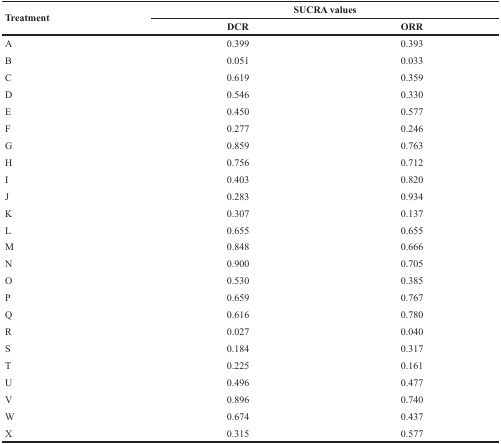
<table><thead><tr><td rowspan="2"><b>Treatment</b></td><td colspan="2"><b>SUCRA values</b></td></tr><tr><td><b>DCR</b></td><td><b>ORR</b></td></tr></thead><tbody><tr><td>A</td><td>0.399</td><td>0.393</td></tr><tr><td>B</td><td>0.051</td><td>0.033</td></tr><tr><td>C</td><td>0.619</td><td>0.359</td></tr><tr><td>D</td><td>0.546</td><td>0.330</td></tr><tr><td>E</td><td>0.450</td><td>0.577</td></tr><tr><td>F</td><td>0.277</td><td>0.246</td></tr><tr><td>G</td><td>0.859</td><td>0.763</td></tr><tr><td>H</td><td>0.756</td><td>0.712</td></tr><tr><td>I</td><td>0.403</td><td>0.820</td></tr><tr><td>J</td><td>0.283</td><td>0.934</td></tr><tr><td>K</td><td>0.307</td><td>0.137</td></tr><tr><td>L</td><td>0.655</td><td>0.655</td></tr><tr><td>M</td><td>0.848</td><td>0.666</td></tr><tr><td>N</td><td>0.900</td><td>0.705</td></tr><tr><td>O</td><td>0.530</td><td>0.385</td></tr><tr><td>P</td><td>0.659</td><td>0.767</td></tr><tr><td>Q</td><td>0.616</td><td>0.780</td></tr><tr><td>R</td><td>0.027</td><td>0.040</td></tr><tr><td>S</td><td>0.184</td><td>0.317</td></tr><tr><td>T</td><td>0.225</td><td>0.161</td></tr><tr><td>U</td><td>0.496</td><td>0.477</td></tr><tr><td>V</td><td>0.896</td><td>0.740</td></tr><tr><td>W</td><td>0.674</td><td>0.437</td></tr><tr><td>X</td><td>0.315</td><td>0.577</td></tr></tbody></table>